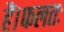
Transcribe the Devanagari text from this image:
हैं।फलतः